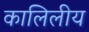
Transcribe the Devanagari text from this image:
कालिलीय